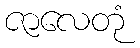
ဇာလေတုံ